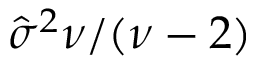
\hat { \sigma } ^ { 2 } \nu / ( \nu - 2 )